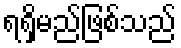
ရရှိမည်ဖြစ်သည်